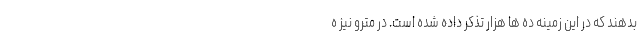
بدهند که در این زمینه ده ها هزار تذکر داده شده است. در مترو نیز ه